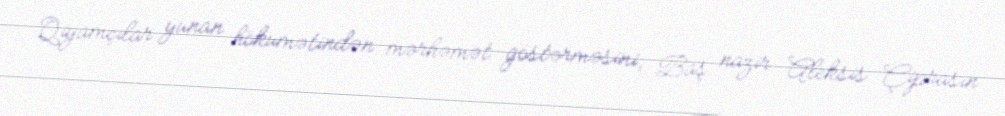
Qiyamçılar yunan hökumətindən mərhəmət göstərməsini, Baş nazir Aleksis Çiprasın